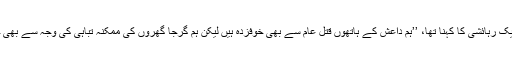
صدد کے ایک رہائشی کا کہنا تھا، ’’ہم داعش کے ہاتھوں قتل عام سے بھی خوفزدہ ہیں لیکن ہم گرجا گھروں کی ممکنہ تباہی کی وجہ سے بھی خوفزدہ ہیں۔